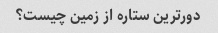
دورترین ستاره از زمین چیست؟